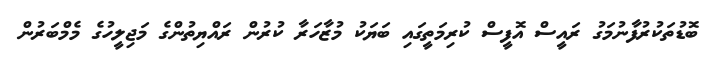
ބޮޑުތަކުރުފާނުމަގު ރައީސް އޮފީސް ކުރިމަތީގައި ބަޔަކު މުޒާހަރާ ކުރުން ރައްޔިތުންގެ މަޖިލީހުގެ މެމްބަރުން